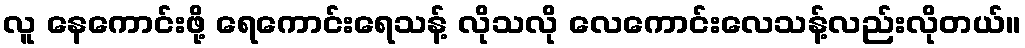
လူ နေကောင်းဖို့ ရေကောင်းရေသန့် လိုသလို လေကောင်းလေသန့်လည်းလိုတယ်။